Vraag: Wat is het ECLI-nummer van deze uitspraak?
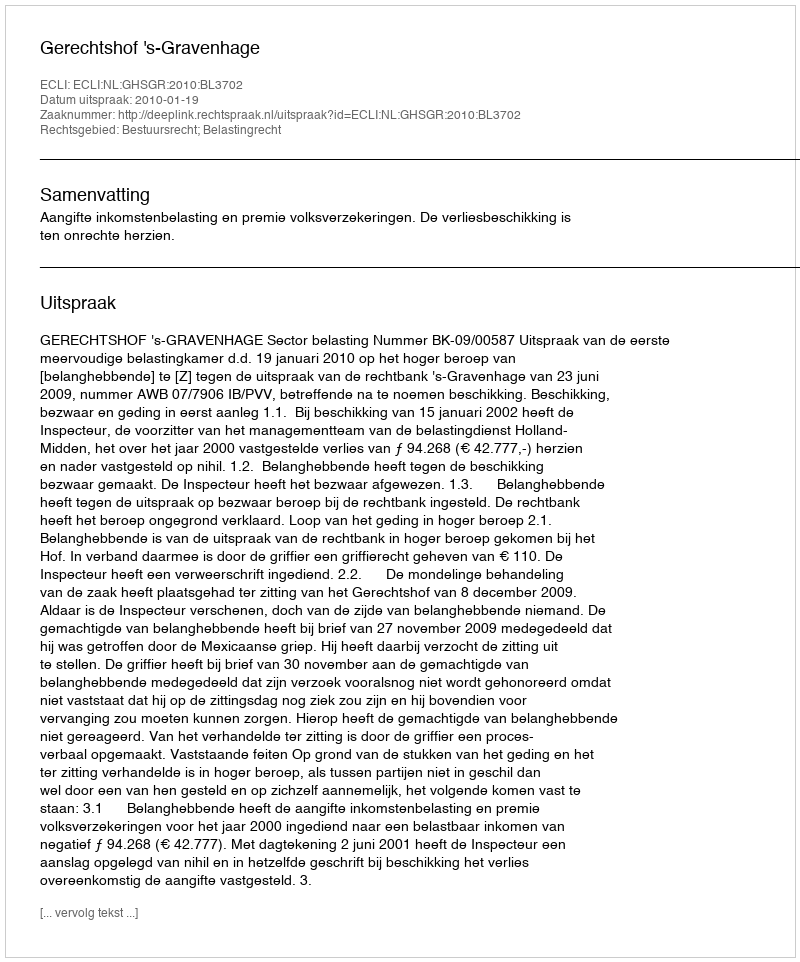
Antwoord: ECLI:NL:GHSGR:2010:BL3702